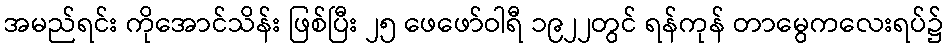
အမည်ရင်း ကိုအောင်သိန်း ဖြစ်ပြီး ၂၅ ဖေဖော်ဝါရီ ၁၉၂၂တွင် ရန်ကုန် တာမွေကလေးရပ်၌